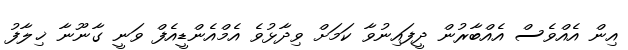
އިން އެއްވެސް އެއްބާރުން ދީފައިނުވާ ކަމަށް ވިދާޅުވެ އެމްއެންޑީއެފް ވަނީ ގާނޫނާ ޚިލާފު